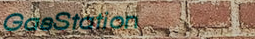
GasStation